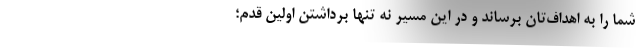
شما را به اهداف‌تان برساند و در این مسیر نه تنها برداشتن اولین قدم؛